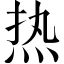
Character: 热